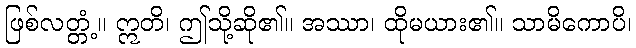
ဖြစ်လတ္တံ့။ ဣတိ၊ ဤသို့ဆို၏။ အဿာ၊ ထိုမယား၏။ သာမိကောပိ၊